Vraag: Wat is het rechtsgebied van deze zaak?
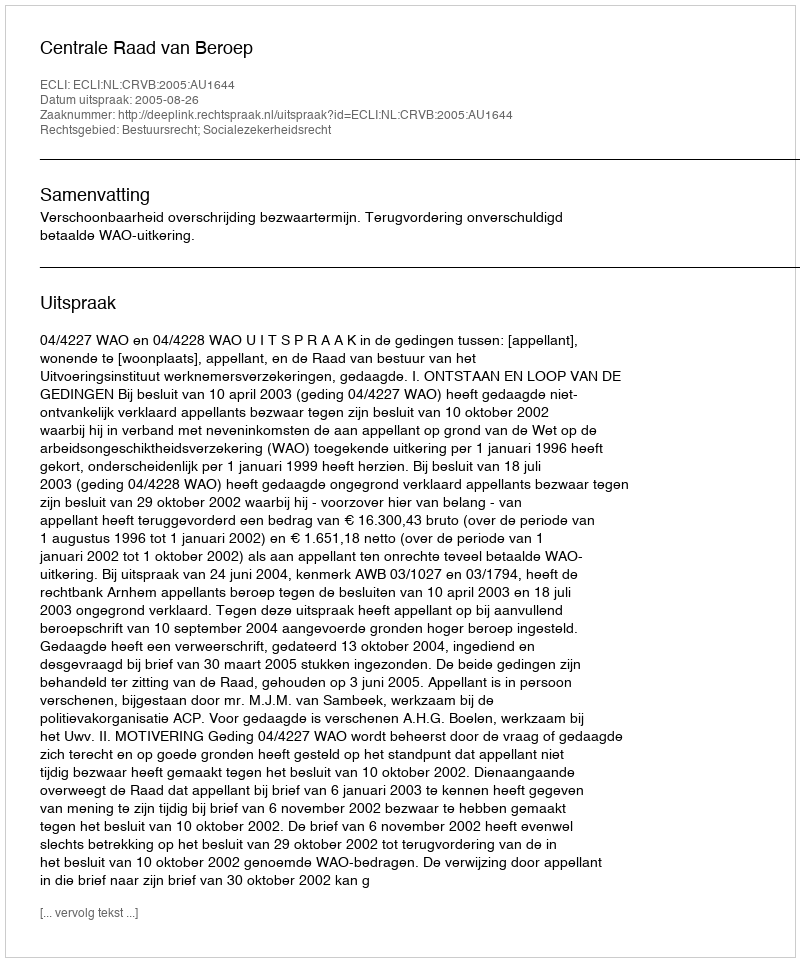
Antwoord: Bestuursrecht; Socialezekerheidsrecht